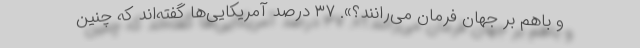
و باهم بر جهان فرمان می‌رانند؟». ۳۷ درصد آمریکایی‌ها گفته‌اند که چنین